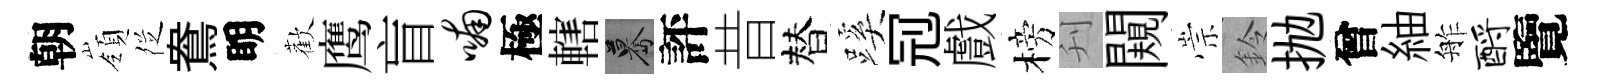
朝嶺徔鴦眀歡鹰盲喃極轄驀評昔替蹊𠜍戲榜刋闚崇鈴抛曾紬舴酹覽